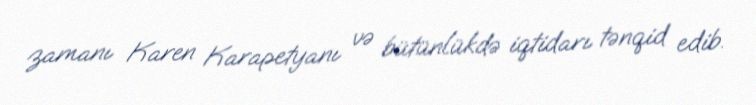
zamanı Karen Karapetyanı və bütünlükdə iqtidarı tənqid edib.